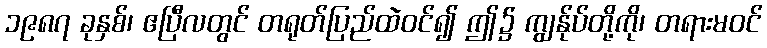
၁၉၈၇ ခုနှစ်၊ ဧပြီလတွင် တရုတ်ပြည်ထဲဝင်၍ ဤ၌ ကျွန်ုပ်တို့ကို၊ တရားမဝင်